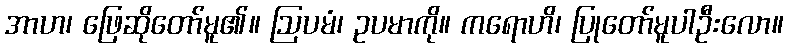
အာဟ၊ ဖြေဆိုတော်မူ၏။ ဩပမံ၊ ဥပမာကို။ ကရောဟိ၊ ပြုတော်မူပါဦးလော။